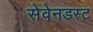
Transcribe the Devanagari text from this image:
सेवेनडस्ट